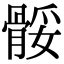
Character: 骽